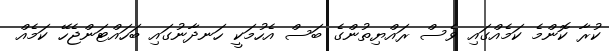
ކުރާ ކޮންމެ ކަމެއްގައި ވެސް ރައްޔިތުންގެ ބަސް އެހުމަކީ ހަނދާނުގައި ބަހައްޓަންޖެހޭ ކަމެއް